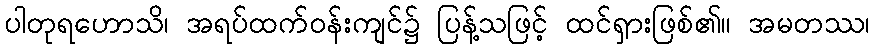
ပါတုရဟောသိ၊ အရပ်ထက်ဝန်းကျင်၌ ပြန့်သဖြင့် ထင်ရှားဖြစ်၏။ အမတဿ၊